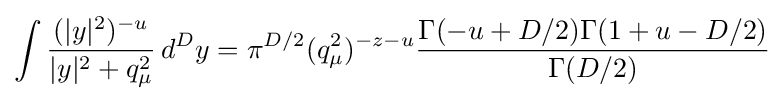
\displaystyle \int {(|y|^{2})^{-u} \over |y|^{2}+q_{\mu }^{2}}\,d^{D}y=\pi ^{D/2}(q_{\mu }^{2})^{-z-u}{\Gamma (-u+D/2)\Gamma (1+u-D/2) \over \Gamma (D/2)}